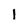
Character: l